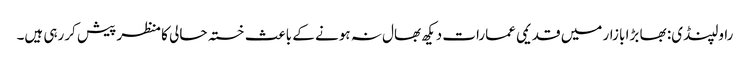
راولپنڈی: بھا بڑا بازار میں قدیمی عمارات دیکھ بھال نہ ہونے کے باعث خستہ حالی کا منظر پیش کررہی ہیں۔